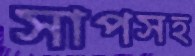
সাপসহ